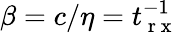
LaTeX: \beta=c/\eta=t_{\mathrm{~r~x~}}^{-1}